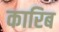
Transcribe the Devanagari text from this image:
कारिब